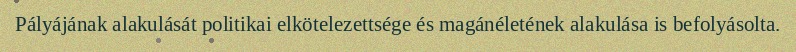
Pályájának alakulását politikai elkötelezettsége és magánéletének alakulása is befolyásolta.